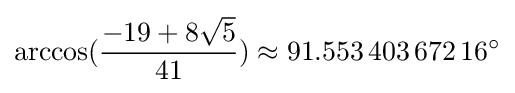
\arccos({\frac {-19+8{\sqrt {5}}}{41}})\approx 91.553\,403\,672\,16^{\circ }